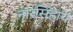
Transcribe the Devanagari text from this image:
नारसिंहाय